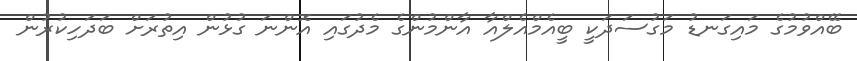
ބޭއްވުމުގެ މައިގަނޑު މަގުސަދަކީ ބީއެމްއެލްއާ އާންމުންގެ މެދުގައި އޮންނަ ގުޅުން އިތުރަށް ބަދަހިކުރުން